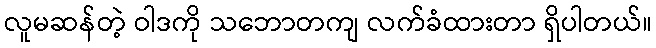
လူမဆန်တဲ့ ဝါဒကို သဘောတကျ လက်ခံထားတာ ရှိပါတယ်။